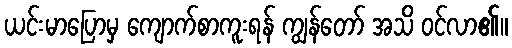
ယင်းမာပြောမှ ကျောက်စာကူးရန် ကျွန်တော် အသိ ဝင်လာ၏။